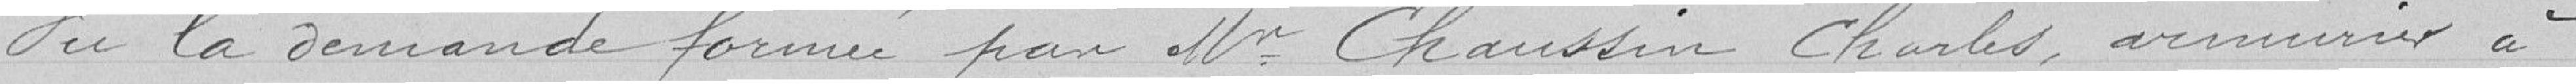
Vu la demande formée par Monsieur Chaussin Charles, armurier à